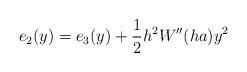
LaTeX: \begin{align*}e_2(y) = e_3(y)+ \frac12 h^2 W''(ha) y^2\end{align*}